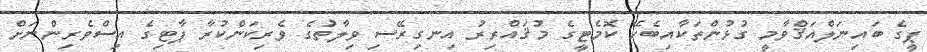
ޕީގެ ބައިނަލްއަޤްވާމީ ގުޅުންތަކާއިބެހޭ ކޮމެޓީގެ މުޤައްރިރު އިނގިރޭސި ވިލާތުގެ ވެރިކަންކުރާ ޕާޓިގެ އިސްވެރިންނަށް